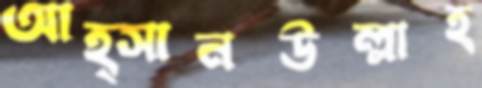
আহ্সানউল্লাহ